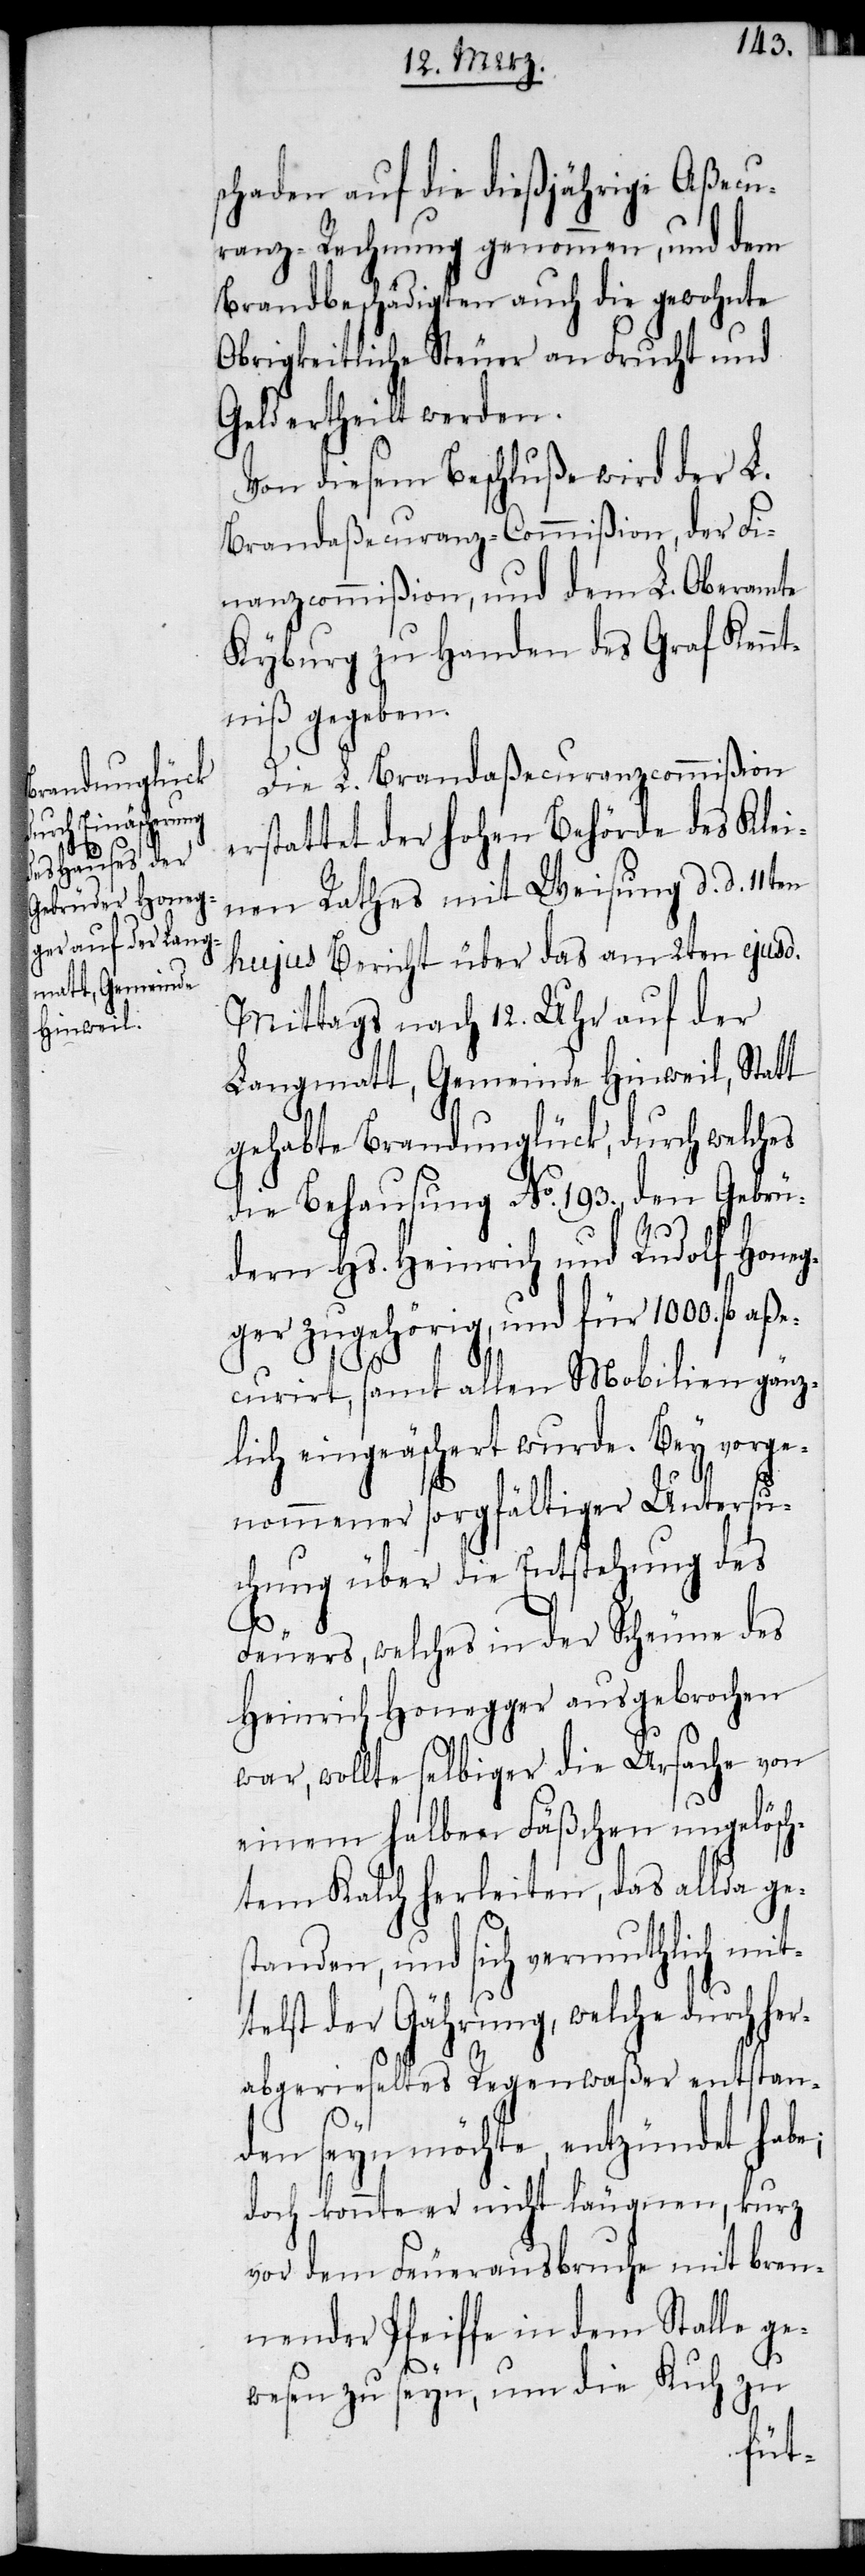
schaden auf die dießjährige Aßecu¬
ranz-Rechnung genommen, und dem
Brandbeschädigten auch die gewohnte
Obrigkeitliche Steuer an Frucht und
Geld ertheilt werden.
Von diesem Beschluße wird der L.
Brandaßecuranz-Commißion, der Fi¬
nanzcommißion, und dem L. Oberamte
Kyburg zu Handen des Graf Kennt¬
niß gegeben.
Die L. Brandaßecuranzcommißion
erstattet der hohen Behörde des Klei¬
nen Rathes mit Weisung d. d. 11ten
hujus Bericht über das am 2ten ejusd.
Mittags nach 12. Uhr auf der
Langmatt, Gemeinde Hinweil, Statt
gehabte Brandunglück, durch welches
die Behausung No. 193., den Gebrü¬
dern Hs. Heinrich und Rudolf Honeg¬
ger zugehörig, und für 1000. fl
curirt, samt allen Mobilien gänz¬
lich eingeäschert wurde. Bey vorge¬
nommener sorgfältiger Untersu¬
chung über die Entstehung des
Feuers, welches in der Scheune des
Heinrich Honegger ausgebrochen
war, wollte selbiger die Ursache von
einem halben Fäßchen ungelösch¬
tem Kalch herleiten, das allda ge¬
standen, und sich vermuthlich mit¬
telst der Gährung, welche durch her¬
abgerieseltes Regenwaßer entstan¬
den seyn möchte, entzündet habe;
doch konnte er nicht läugnen, kurz
vor dem Feuerausbruche mit bren¬
nender Pfeiffe in dem Stalle ge¬
wesen zu seyn, um die Kuh zu
aße¬